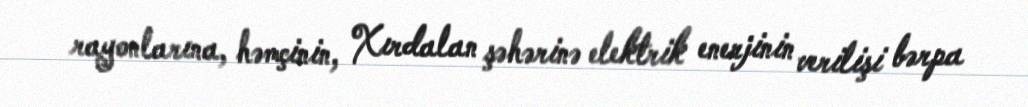
rayonlarına, həmçinin, Xırdalan şəhərinə elektrik enerjinin verilişi bərpa